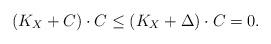
LaTeX: \begin{align*}(K_X+C)\cdot C \leq (K_X+\Delta)\cdot C=0.\end{align*}